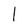
Character: 1